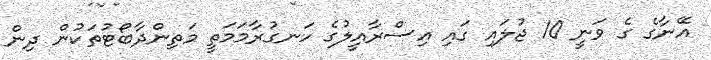
އޭނާގެ ގެ ވަނީ 10 ޖުލައި ގައި އިސްރާއީލުގެ ހަނގުރާމަމަތީ މަތިންދާބޯޓުތަކުން ދިން